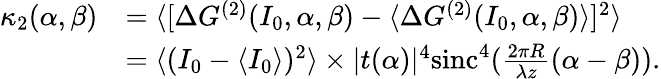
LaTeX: \begin{array}{rl}{\kappa_{2}(\alpha,\beta)}&{=\langle[\Delta G^{(2)}(I_{0},\alpha,\beta)-\langle\Delta G^{(2)}(I_{0},\alpha,\beta)\rangle]^{2}\rangle}\\ &{=\langle(I_{0}-\langle I_{0}\rangle)^{2}\rangle\times|t(\alpha)|^{4}\mathrm{sinc}^{4}(\frac{2\pi R}{\lambda z}(\alpha-\beta)).}\end{array}